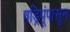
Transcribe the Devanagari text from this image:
षड्रिपूंपासून